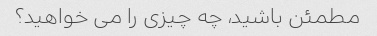
مطمئن باشید، چه چیزی را می خواهید؟